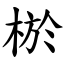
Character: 棜